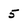
Character: 5